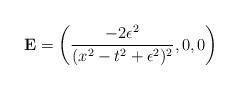
LaTeX: \begin{align*}{\bf E} = \left(\frac{-2\epsilon^2}{(x^2 - t^2 +\epsilon^2)^2},0,0\right) \end{align*}